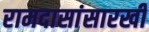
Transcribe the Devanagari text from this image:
रामदासांसारखी